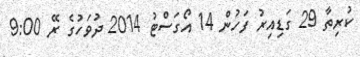
ކުރިތާ 29 ގަޑިއިރު ފަހުން 14 އޯގަސްޓު 2014 ދުވަހުގެ ރޭ 9:00